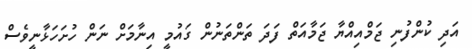
އަދި ކުންފުނި ޖަމްއިއްޔާ ޖަމާއަތް ފަދަ ތަންތަނުން ގައުމީ އިނާމަށް ނަން ހުށަހަޅާނީވެސް